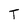
Character: T